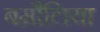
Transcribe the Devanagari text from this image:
बम्रौलिया